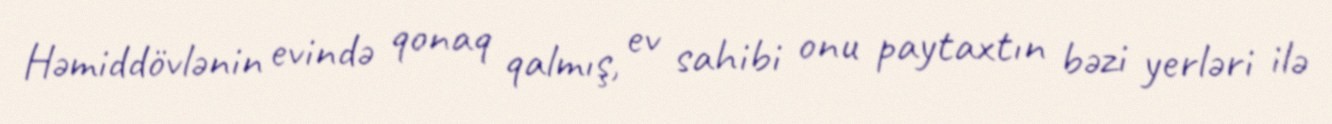
Həmiddövlənin evində qonaq qalmış, ev sahibi onu paytaxtın bəzi yerləri ilə